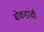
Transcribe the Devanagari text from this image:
बोकडांची